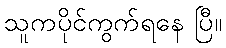
သူကပိုင်ကွက်ရနေ ပြီ။